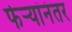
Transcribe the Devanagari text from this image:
फेर्‍यांनंतर